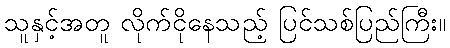
သူနှင့်အတူ လိုက်ငိုနေသည့် ပြင်သစ်ပြည်ကြီး။